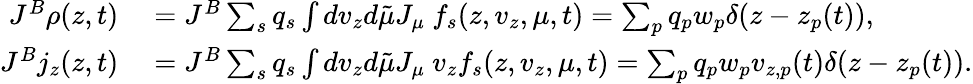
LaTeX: \begin{array}{rl}{J^{B}\rho(z,t)}&{{}=J^{B}\sum_{s}q_{s}\int dv_{z}d\tilde{\mu}J_{\mu}~f_{s}(z,v_{z},\mu,t)=\sum_{p}q_{p}w_{p}\delta(z-z_{p}(t)),}\\ {J^{B}j_{z}(z,t)}&{{}=J^{B}\sum_{s}q_{s}\int dv_{z}d\tilde{\mu}J_{\mu}~v_{z}f_{s}(z,v_{z},\mu,t)=\sum_{p}q_{p}w_{p}v_{z,p}(t)\delta(z-z_{p}(t)).}\end{array}